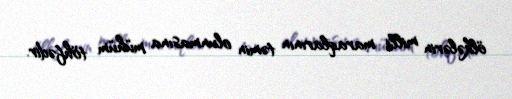
ölkələrin milli maraqlarının təmin olunmasına mühüm töhfədir.